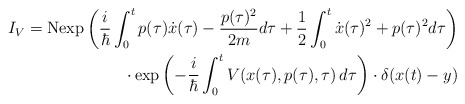
\begin{align*}I_V = {\rm Nexp}\left( \frac{i}{\hbar}\int_0^t p(\tau) \dot{x}(\tau) -\frac{p(\tau)^2}{2m} d\tau +\frac{1}{2}\int_0^t \dot{x}(\tau)^2 +p(\tau)^2 d\tau\right)\\ \cdot \exp\left(-\frac{i}{\hbar} \int_0^t V(x(\tau),p(\tau),\tau) \, d\tau\right) \cdot \delta(x(t)-y)\end{align*}